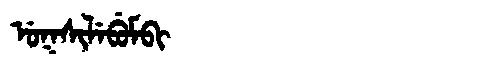
Manchu: ᡠᡴᠰᡳᠯᡝᠪᡠᠮᠪᡳ
Romanization: UKSILEBUMBI